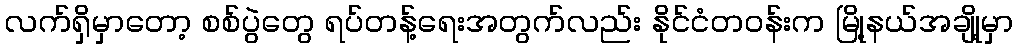
လက်ရှိမှာတော့ စစ်ပွဲတွေ ရပ်တန့်ရေးအတွက်လည်း နိုင်ငံတဝန်းက မြို့နယ်အချို့မှာ